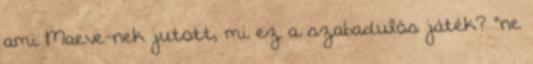
ami Maeve-nek jutott, mi ez a szabadulós játék? “ne